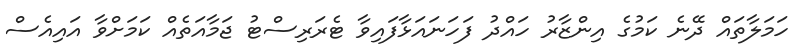
ހަމަލާތައް ދޭނެ ކަމުގެ އިންޒާރު ހައްދު ފަހަނައަޅާފައިވާ ޓެރަރިސްޓު ޖަމާއަތެއް ކަމަށްވާ އައިއެސް